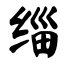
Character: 缁